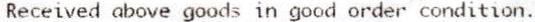
RECEIVED ABOVE GOODS IN GOOD ORDER CONDITION.